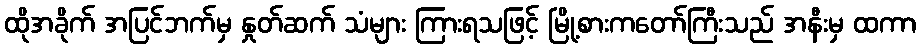
ထိုအခိုက် အပြင်ဘက်မှ နှုတ်ဆက် သံများ ကြားရသဖြင့် မြို့စားကတော်ကြီးသည် အနီးမှ ထကာ